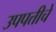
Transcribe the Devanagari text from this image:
उपपत्तीचे